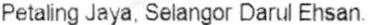
PETALING JAYA, SELANGOR DARUL EHSAN.